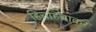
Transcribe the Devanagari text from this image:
हिचहिचाकर